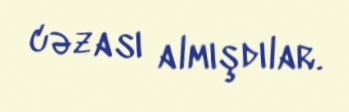
cəzası almışdılar.